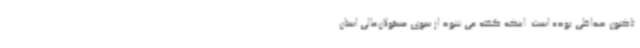
تاکنون حداقلی بوده است. اینکه گفته می شود از سوی مسئولان‌عالی استان